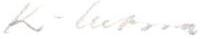
K-luoma